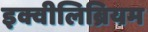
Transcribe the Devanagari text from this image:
इक्वीलिब्रियम